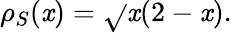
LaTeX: \rho_{S}(\mathit{x})={\sqrt{}{{\mathit{x}(2-\mathit{x})}}}.